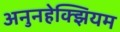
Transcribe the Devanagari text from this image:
अनुनहेक्झियम